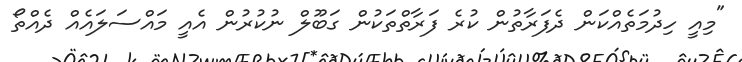
"މިއީ ހިދުމަތެއްކަން ދެފަރާތުން ކުރެ ފަރާތްތަކުން ގަބޫލް ނުކުރުން އެއީ މައްސަލައެއް ދެއްތޯ